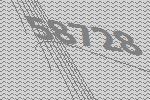
58728